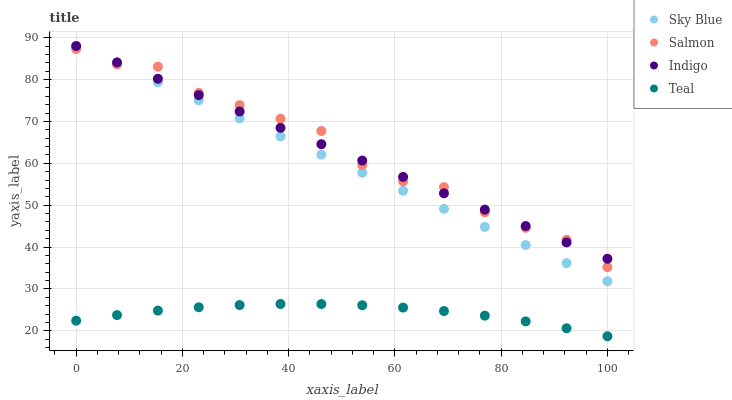
| xaxis_label | Sky Blue | Salmon | Indigo | Teal |
 | --- | --- | --- | --- | --- |
 | 0 | 88 | 87.3 | 88 | 22.4 |
 | 7.69 | 83.7 | 83.6 | 84.1 | 23.8 |
 | 15.4 | 79.4 | 83.1 | 80.2 | 24.8 |
 | 23.1 | 75 | 76.8 | 76.3 | 25.6 |
 | 30.8 | 70.7 | 73.9 | 72.4 | 26.1 |
 | 38.5 | 66.4 | 70.6 | 68.5 | 26.4 |
 | 46.2 | 62.1 | 67.7 | 64.6 | 26.4 |
 | 53.8 | 57.8 | 59.6 | 60.6 | 26.1 |
 | 61.5 | 53.4 | 55.7 | 56.7 | 25.5 |
 | 69.2 | 49.1 | 54.3 | 52.8 | 24.7 |
 | 76.9 | 44.8 | 48.3 | 48.9 | 23.6 |
 | 84.6 | 40.5 | 44.6 | 45 | 22.3 |
 | 92.3 | 36.2 | 41.7 | 41.1 | 20.6 |
 | 100 | 31.8 | 35.2 | 37.2 | 18.7 |